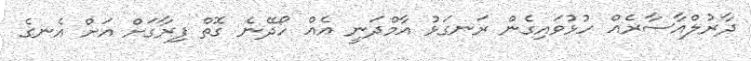
ދާރުލްއާސާރެއް ހުޅުވައިގެން ރަނގަޅު އާމްދަނީ އެއް ހޯދޭނެ ގޮތް ފިރާގަށް އަށް އެނގެ